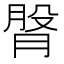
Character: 𦜴